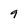
Character: 9